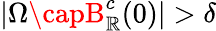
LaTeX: |\Omega\capB_{\mathbb{R}}^{c}(0)|>\delta